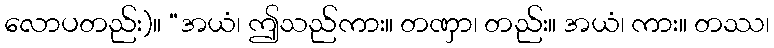
လောပတည်း)။ “အယံ၊ ဤသည်ကား။ တဏှာ၊ တည်း။ အယံ၊ ကား။ တဿ၊